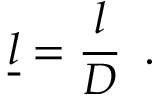
\underline { { l } } = \frac { l } { D } \, \mathrm { ~ . ~ }